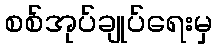
စစ်အုပ်ချုပ်ရေးမှ